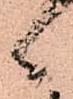
々